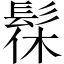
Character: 髹